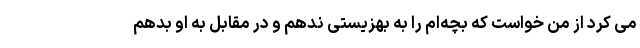
می کرد از من خواست که بچه‌ام را به بهزیستی ندهم و در مقابل به او بدهم